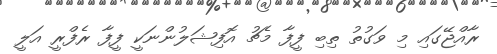
ރާއްޖޭގައި މި ވަގުތު ތިބި ފީފާ މެޗު އޮފިޝަލުންނަކީ ފީފާ ރެފްރީ އަލީ